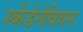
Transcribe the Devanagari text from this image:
स्केंडेनेवियन